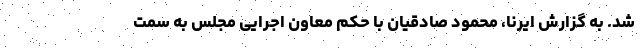
شد. به گزارش ایرنا، محمود صادقیان با حکم‌ معاون اجرایی مجلس به سمت